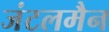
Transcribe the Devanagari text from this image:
जंटलमैन